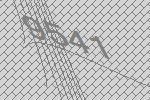
9541